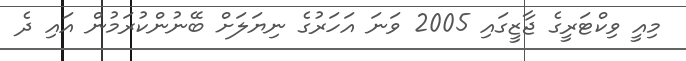
މިއީ ވިކްޓަރީގެ ޖާޒީގައި 2005 ވަނަ އަހަރުގެ ނިޔަލަށް ބޭނުންކުރަމުން އައި ދެ